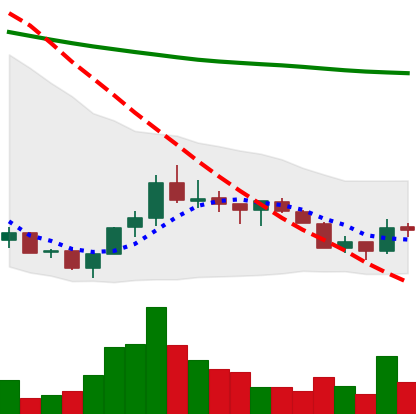
Ticker: ADA-USD
Chart end date: 2018-07-14
Forward return: 31.933%
Label: up_7plus